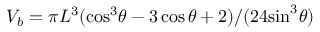
V _ { b } = { \pi { L } ^ { 3 } } ( { { { \cos } ^ { 3 } } \theta - 3 \cos \theta + 2 } ) / ( { 2 4 { { \sin } ^ { 3 } } \theta } )